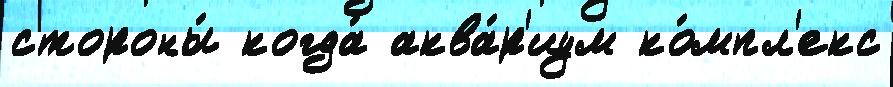
стороны́ когда́ аква́р'иум ко́мпл'екс